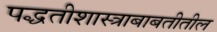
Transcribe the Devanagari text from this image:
पद्धतीशास्त्राबाबतीतील